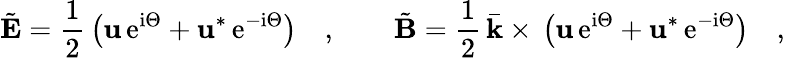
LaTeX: \tilde{{\mathbf E}}{}={}\frac{1}{2}\, \left({\mathbf u}\, \mathrm{e}^{\mathrm{i}\Theta}{}+{}{\mathbf u}^{*}\, \mathrm{e}^{-\mathrm{i}\Theta}\right)\quad,\qquad\tilde{{\mathbf B}}{}={}\frac{1}{2}\, \bar{\mathbf k}{}\times{}\left({\mathbf u}\, \mathrm{e}^{\mathrm{i}\Theta}{}+{}{\mathbf u}^{*}\, \mathrm{e}^{-\mathrm{i}\Theta}\right)\quad,